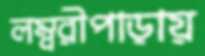
লম্বরীপাড়ায়